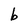
Character: b